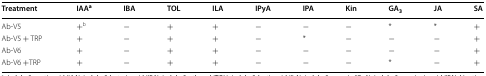
| Treatment | IAAa | IBA | TOL | ILA | IPyA | IPA | Kin | GA3 | JA | SA |
 | --- | --- | --- | --- | --- | --- | --- | --- | --- | --- | --- |
 | Ab-V5 | +b | − | + | + | − | − | − | * | * | + |
 | Ab-V5 + TRP | + | − | + | + | − | * | − | − | − | + |
 | Ab-V6 | + | − | + | + | − | − | − | − | − | + |
 | Ab-V6 +TRP | + | − | + | + | − | − | − | * | − | + |